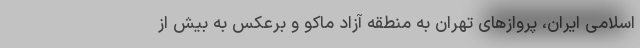
اسلامی ایران، پروازهای تهران به منطقه آزاد ماکو و برعکس به بیش از